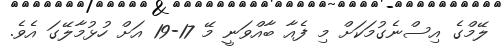
ލޭމްގެ އިސްނެގުމަކަށް މި ފެއާ ބާއްވަނީ މޭ 17-19 އަށް ހުޅުމާލޭގަ އެވެ.